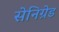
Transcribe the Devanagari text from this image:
सेनिग्रेड